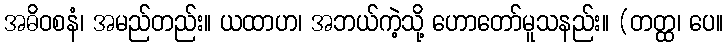
အဓိဝစနံ၊ အမည်တည်း။ ယထာဟ၊ အဘယ်ကဲ့သို့ ဟောတော်မူသနည်း။ (တတ္ထ၊ ပေ။